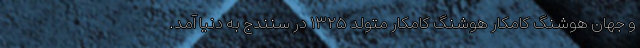
و جهان هوشنگ کامکار هوشنگ کامکار متولد ۱۳۲۵ در سنندج به دنیا آمد.